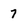
Character: 7